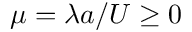
\mu = \lambda a / U \geq 0